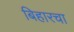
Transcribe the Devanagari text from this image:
बिहारचा